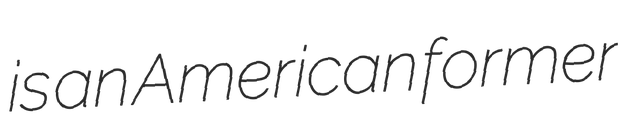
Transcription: is an American former